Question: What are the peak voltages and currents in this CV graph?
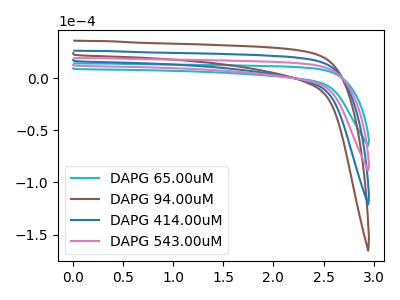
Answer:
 <answer>The cyan curve "DAPG 65.00uM" has no peaks. The brown curve "DAPG 94.00uM" has no peaks. The blue curve "DAPG 414.00uM" has no peaks. The pink curve "DAPG 543.00uM" has no peaks.</answer>
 <eval></eval>